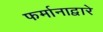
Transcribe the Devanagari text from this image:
फर्मानाद्वारे